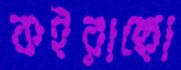
কইরাছো